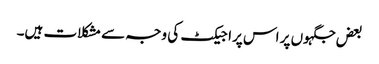
بعض جگہوں پر اس پراجیکٹ کی وجہ سے مشکلات ہیں۔